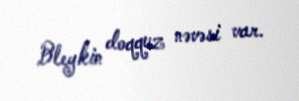
Bleykin doqquz nəvəsi var.